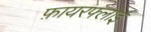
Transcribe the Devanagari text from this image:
फ़ायरफ्लाई